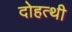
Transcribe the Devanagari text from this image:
दोहत्थी